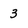
Character: 3